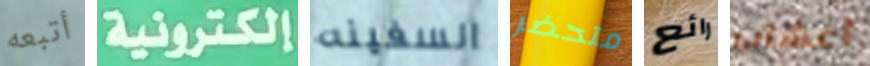
أتبعه إلكترونية السفينه متحضر رائع أعشاب